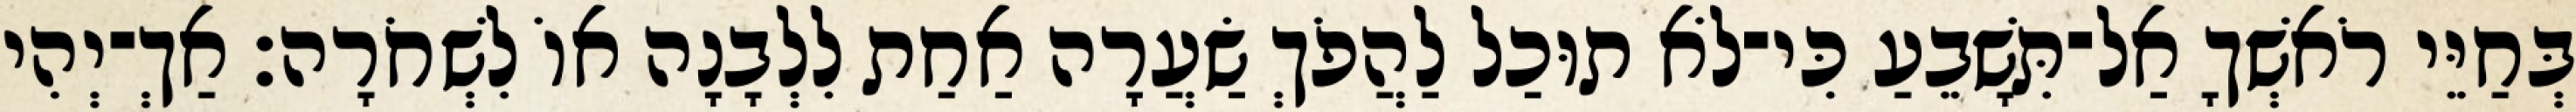
בְּחַיֵּי רֹאשְׁךָ אַל־תִּשָׁבֵעַ כִּי־לֹא תוּכַל לַהֲפֹךְ שַׂעֲרָה אַחַת לִלְבָנָה אוֹ לִשְׁחֹרָה׃ אַךְ־יְהִי